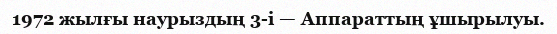
1972 жылғы наурыздың 3-і — Аппараттың ұшырылуы.